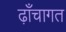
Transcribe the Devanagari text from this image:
ढ़ाँचागत